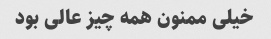
خیلی ممنون همه چیز عالی بود